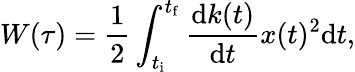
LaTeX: W(\tau)=\frac{1}{2}\int_{t_{\mathrm{i}}}^{t_{\mathrm{f}}}\frac{\mathrm{d}k(t)}{\mathrm{d}t}x(t)^{2}\mathrm{d}t,